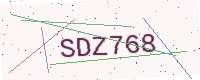
Text: SDZ768